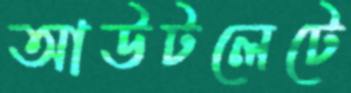
আউটলেটে